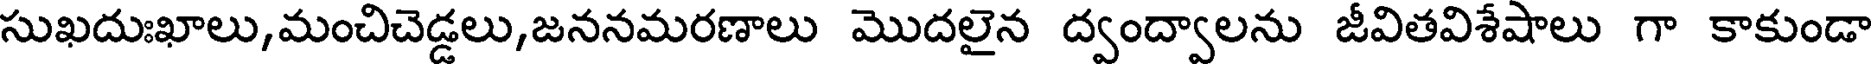
సుఖదుఃఖాలు,మంచిచెడ్డలు,జననమరణాలు మొదలైన ద్వంద్వాలను జీవితవిశేషాలు గా కాకుండా